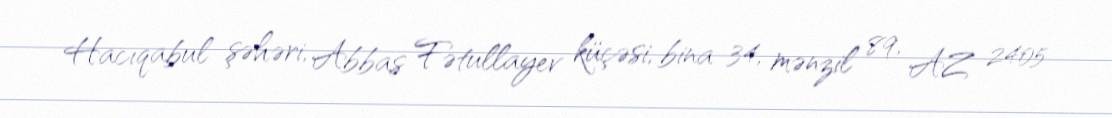
Hacıqabul şəhəri, Abbas Fətullayev küçəsi, bina 34, mənzil 89, AZ 2405